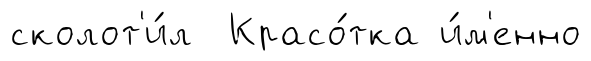
сколот'и́л Красо́тка и́м'енно